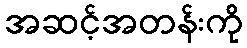
အဆင့်အတန်းကို